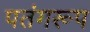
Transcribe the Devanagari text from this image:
पतंगरूप